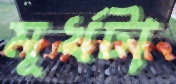
মূর্খটা